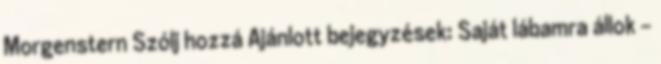
Morgenstern Szólj hozzá Ajánlott bejegyzések: Saját lábamra állok -